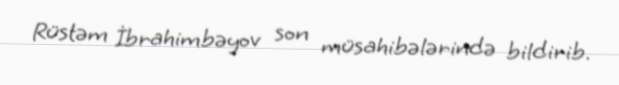
Rüstəm İbrahimbəyov son müsahibələrində bildirib.